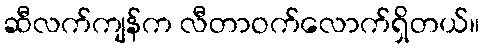
ဆီလက်ကျန်က လီတာဝက်လောက်ရှိတယ်။